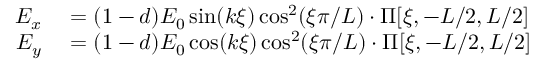
\begin{array} { r l } { E _ { x } } & { { } = ( 1 - d ) E _ { 0 } \sin ( k \xi ) \cos ^ { 2 } ( \xi \pi / L ) \cdot \Pi [ \xi , - L / 2 , L / 2 ] } \\ { E _ { y } } & { { } = ( 1 - d ) E _ { 0 } \cos ( k \xi ) \cos ^ { 2 } ( \xi \pi / L ) \cdot \Pi [ \xi , - L / 2 , L / 2 ] } \end{array}